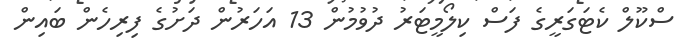
ސްކޫލް ކެޓަގަރީގެ ފަސް ކިލޯމީޓަރު ދުވުމުން 13 އަހަރުން ދަށުގެ ފިރިހެން ބައިން